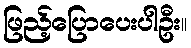
ဖြည့်ပြောပေးပါဦး။